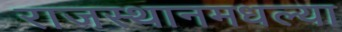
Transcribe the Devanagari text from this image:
राजस्थानमधल्या